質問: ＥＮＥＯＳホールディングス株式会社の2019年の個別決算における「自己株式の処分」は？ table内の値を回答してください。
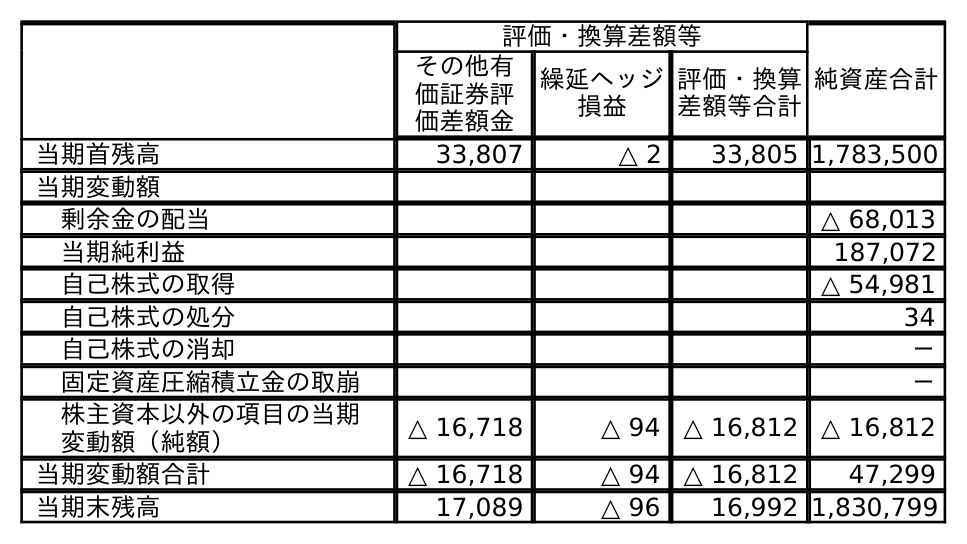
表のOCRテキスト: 評価・換算差額等 純資産合計 その他有 価証券評 価差額金 繰延ヘッジ 損益 評価・換算 差額等合計 当期首残高 33,807 △ 2 33,805 1,783,500 当期変動額 剰余金の配当 △ 68,013 当期純利益 187,072 自己株式の取得 △ 54,981 自己株式の処分 34 自己株式の消却 － 固定資産圧縮積立金の取崩 － 株主資本以外の項目の当期 変動額（純額） △ 16,718 △ 94 △ 16,812 △ 16,812 当期変動額合計 △ 16,718 △ 94 △ 16,812 47,299 当期末残高 17,089 △ 96 16,992 1,830,799
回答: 34